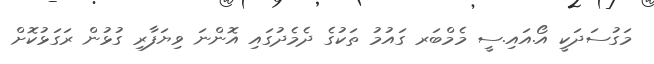
މަގުސަދަކީ އޯ.އައި.ސީ މެމްބަރ ގައުމު ތަކުގެ ދެމެދުގައި އޮންނަ ވިޔަފާރި ގުޅުން ރަގަޅުކޮށް